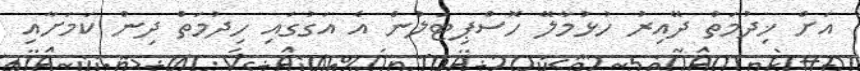
އަށް ޚިދުމަތް ދޭއިރު ހުޅުމާލޭ ހޮސްޕިޓަލުން އެ އަގުގައި ހިދުމަތް ދިން ކަމަށާއި